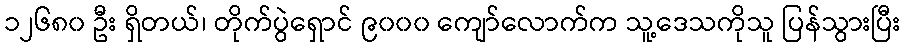
၁၂၆၈၀ ဦး ရှိတယ်၊ တိုက်ပွဲရှောင် ၉၀၀၀ ကျော်လောက်က သူ့ဒေသကိုသူ ပြန်သွားပြီး